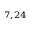
^ { 7 , 2 4 }